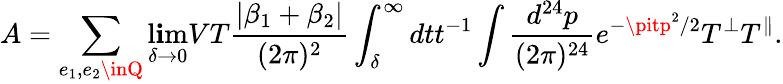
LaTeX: A=\sum_{e_{1},e_{2}\inQ}\operatorname*{l\mathbf{i}m}_{\delta\rightarrow0}VT{\frac{{|\beta_{1}+\beta_{2}|}}{{(2\pi)^{2}}}}\int_{\delta}^{\infty}dtt^{-1}\int{\frac{{d^{24}p}}{{(2\pi)^{24}}}}e^{-\pitp^{2}/2}T^{\perp}T^{\parallel}.